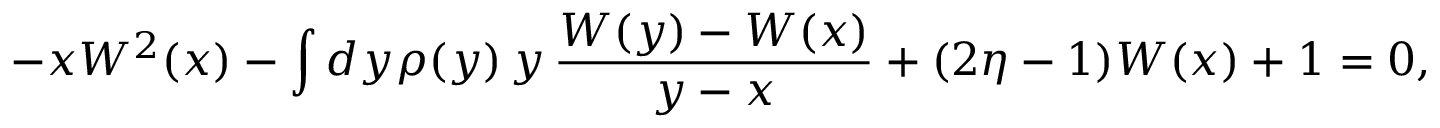
- x W ^ { 2 } ( x ) - \int d y \rho ( y ) \, y \, \frac { W ( y ) - W ( x ) } { y - x } + ( 2 \eta - 1 ) W ( x ) + 1 = 0 ,